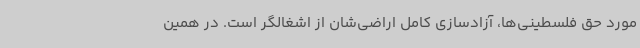
مورد حق فلسطینی‌ها، آزادسازی کامل اراضی‌شان از اشغالگر است. در همین